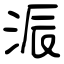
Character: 浱